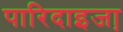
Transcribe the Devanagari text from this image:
पारिदाइजा़